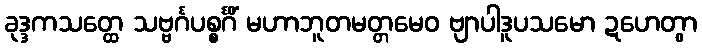
ခုဒ္ဒကသတ္ထေ သဗ္ဗင်္ဂပစ္စင်္ဂိံ မဟာဘူတမတ္တမေဝ ဗျာပါဒူပသမော ဍဟေတွာ